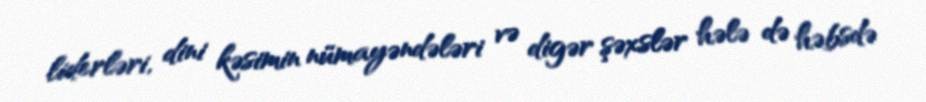
liderləri, dini kəsimin nümayəndələri və digər şəxslər hələ də həbsdə